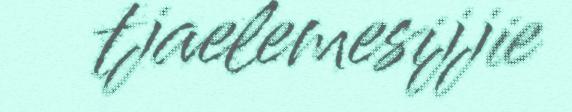
tjaelemesijjie